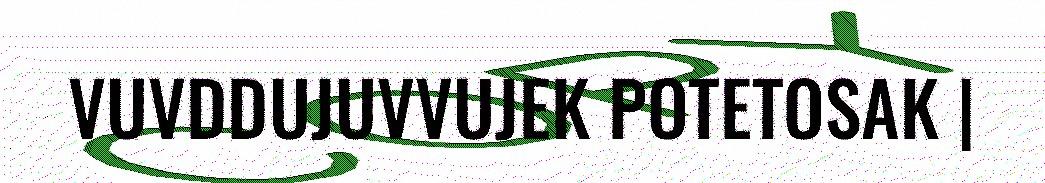
VUVDDUJUVVUJEK POTETOSAK |